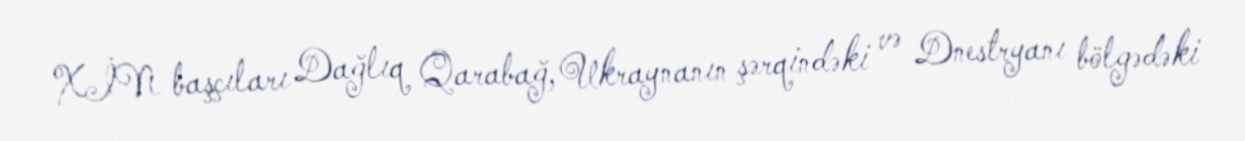
XİN başçıları Dağlıq Qarabağ, Ukraynanın şərqindəki və Dnestryanı bölgədəki